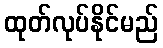
ထုတ်လုပ်နိုင်မည်